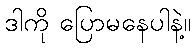
ဒါကို ပြောမနေပါနဲ့။